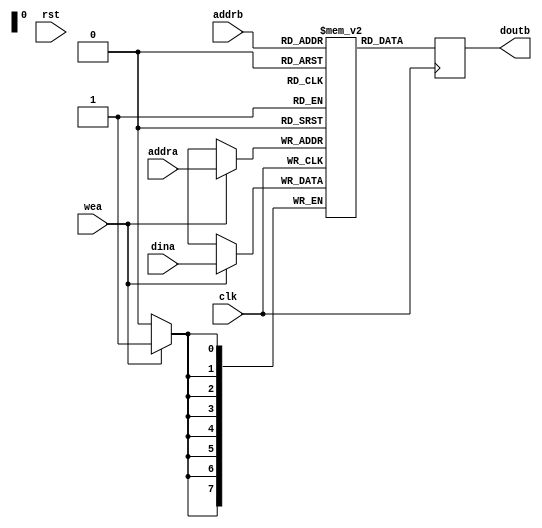
`timescale 1ns / 1ps
//////////////////////////////////////////////////////////////////////////////////
// Company: 
// 
// Design Name: 
// Module Name: tcam_sdpram
// Project Name: tcam
// Target Devices: 
// Tool Versions: 
// Description: 
// 
// Dependencies: 
// 
// Revision:
// Revision 0.01 - File Created
// Additional Comments:
// License: MIT
//  Copyright (c) 2020 Dmitry Matyunin
//  Permission is hereby granted, free of charge, to any person obtaining a copy
//  of this software and associated documentation files (the "Software"), to deal
//  in the Software without restriction, including without limitation the rights
//  to use, copy, modify, merge, publish, distribute, sublicense, and/or sell
//  copies of the Software, and to permit persons to whom the Software is
//  furnished to do so, subject to the following conditions:
//
//  The above copyright notice and this permission notice shall be included in
//  all copies or substantial portions of the Software.
//
//  THE SOFTWARE IS PROVIDED "AS IS", WITHOUT WARRANTY OF ANY KIND, EXPRESS OR
//  IMPLIED, INCLUDING BUT NOT LIMITED TO THE WARRANTIES OF MERCHANTABILITY
//  FITNESS FOR A PARTICULAR PURPOSE AND NONINFRINGEMENT. IN NO EVENT SHALL THE
//  AUTHORS OR COPYRIGHT HOLDERS BE LIABLE FOR ANY CLAIM, DAMAGES OR OTHER
//  LIABILITY, WHETHER IN AN ACTION OF CONTRACT, TORT OR OTHERWISE, ARISING FROM,
//  OUT OF OR IN CONNECTION WITH THE SOFTWARE OR THE USE OR OTHER DEALINGS IN
//  THE SOFTWARE.
//
//////////////////////////////////////////////////////////////////////////////////

module tcam_sdpram #(
	parameter ADDR_WIDTH = 8,
	parameter DATA_WIDTH = 8,
	parameter RAM_STYLE = "block"
)
(
	input wire clk,
	input wire rst,
	input wire [DATA_WIDTH-1:0]dina,
	input wire [ADDR_WIDTH-1:0]addra,
	input wire [ADDR_WIDTH-1:0]addrb,
	input wire wea,
	output wire [DATA_WIDTH-1:0]doutb
);

(* ram_style = RAM_STYLE *)
reg [DATA_WIDTH-1:0]ram[2**ADDR_WIDTH-1:0];
reg [ADDR_WIDTH-1:0]readb;
integer i;

assign doutb = readb;

initial begin
	for (i = 0; i < 2**ADDR_WIDTH; i = i + 1) begin
		ram[i] = 0;
	end
end

always @(posedge clk) begin
	if (wea) begin
		ram[addra] <= dina;
	end
	readb <= ram[addrb];
end

endmodule